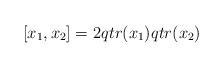
LaTeX: \begin{align*}[x_1,x_2]=2qtr(x_1)qtr(x_2)\end{align*}